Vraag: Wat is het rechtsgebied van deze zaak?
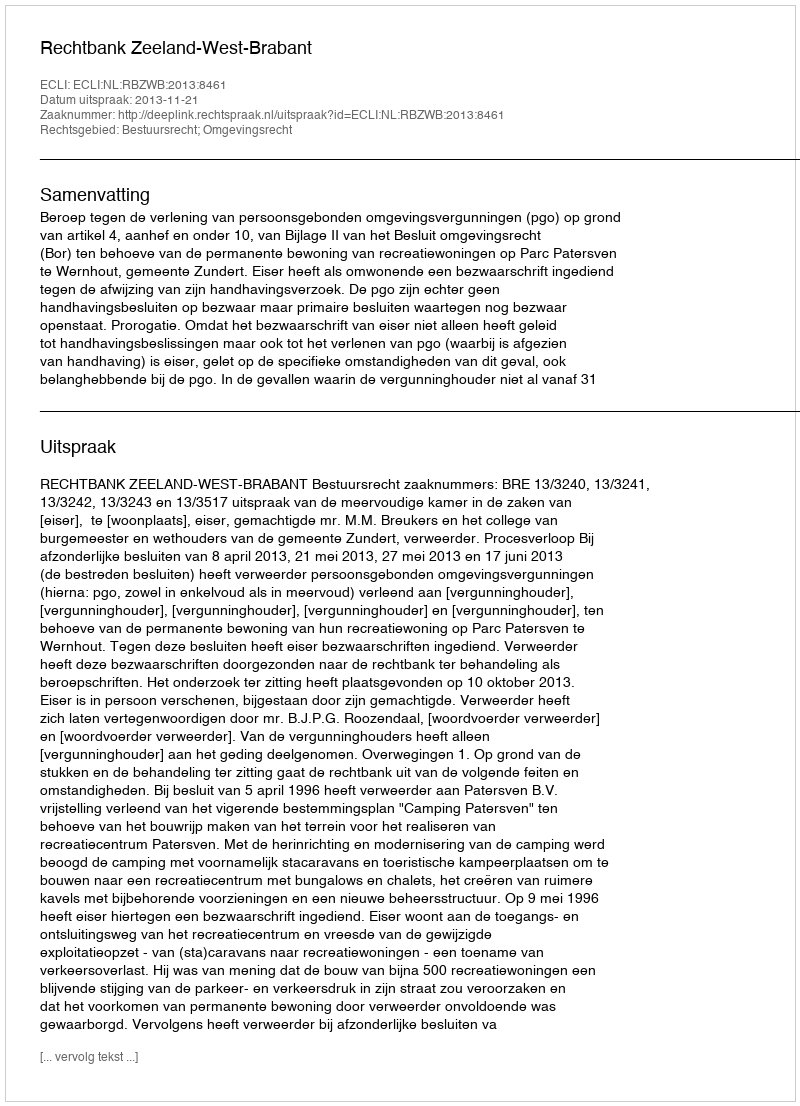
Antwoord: Bestuursrecht; Omgevingsrecht